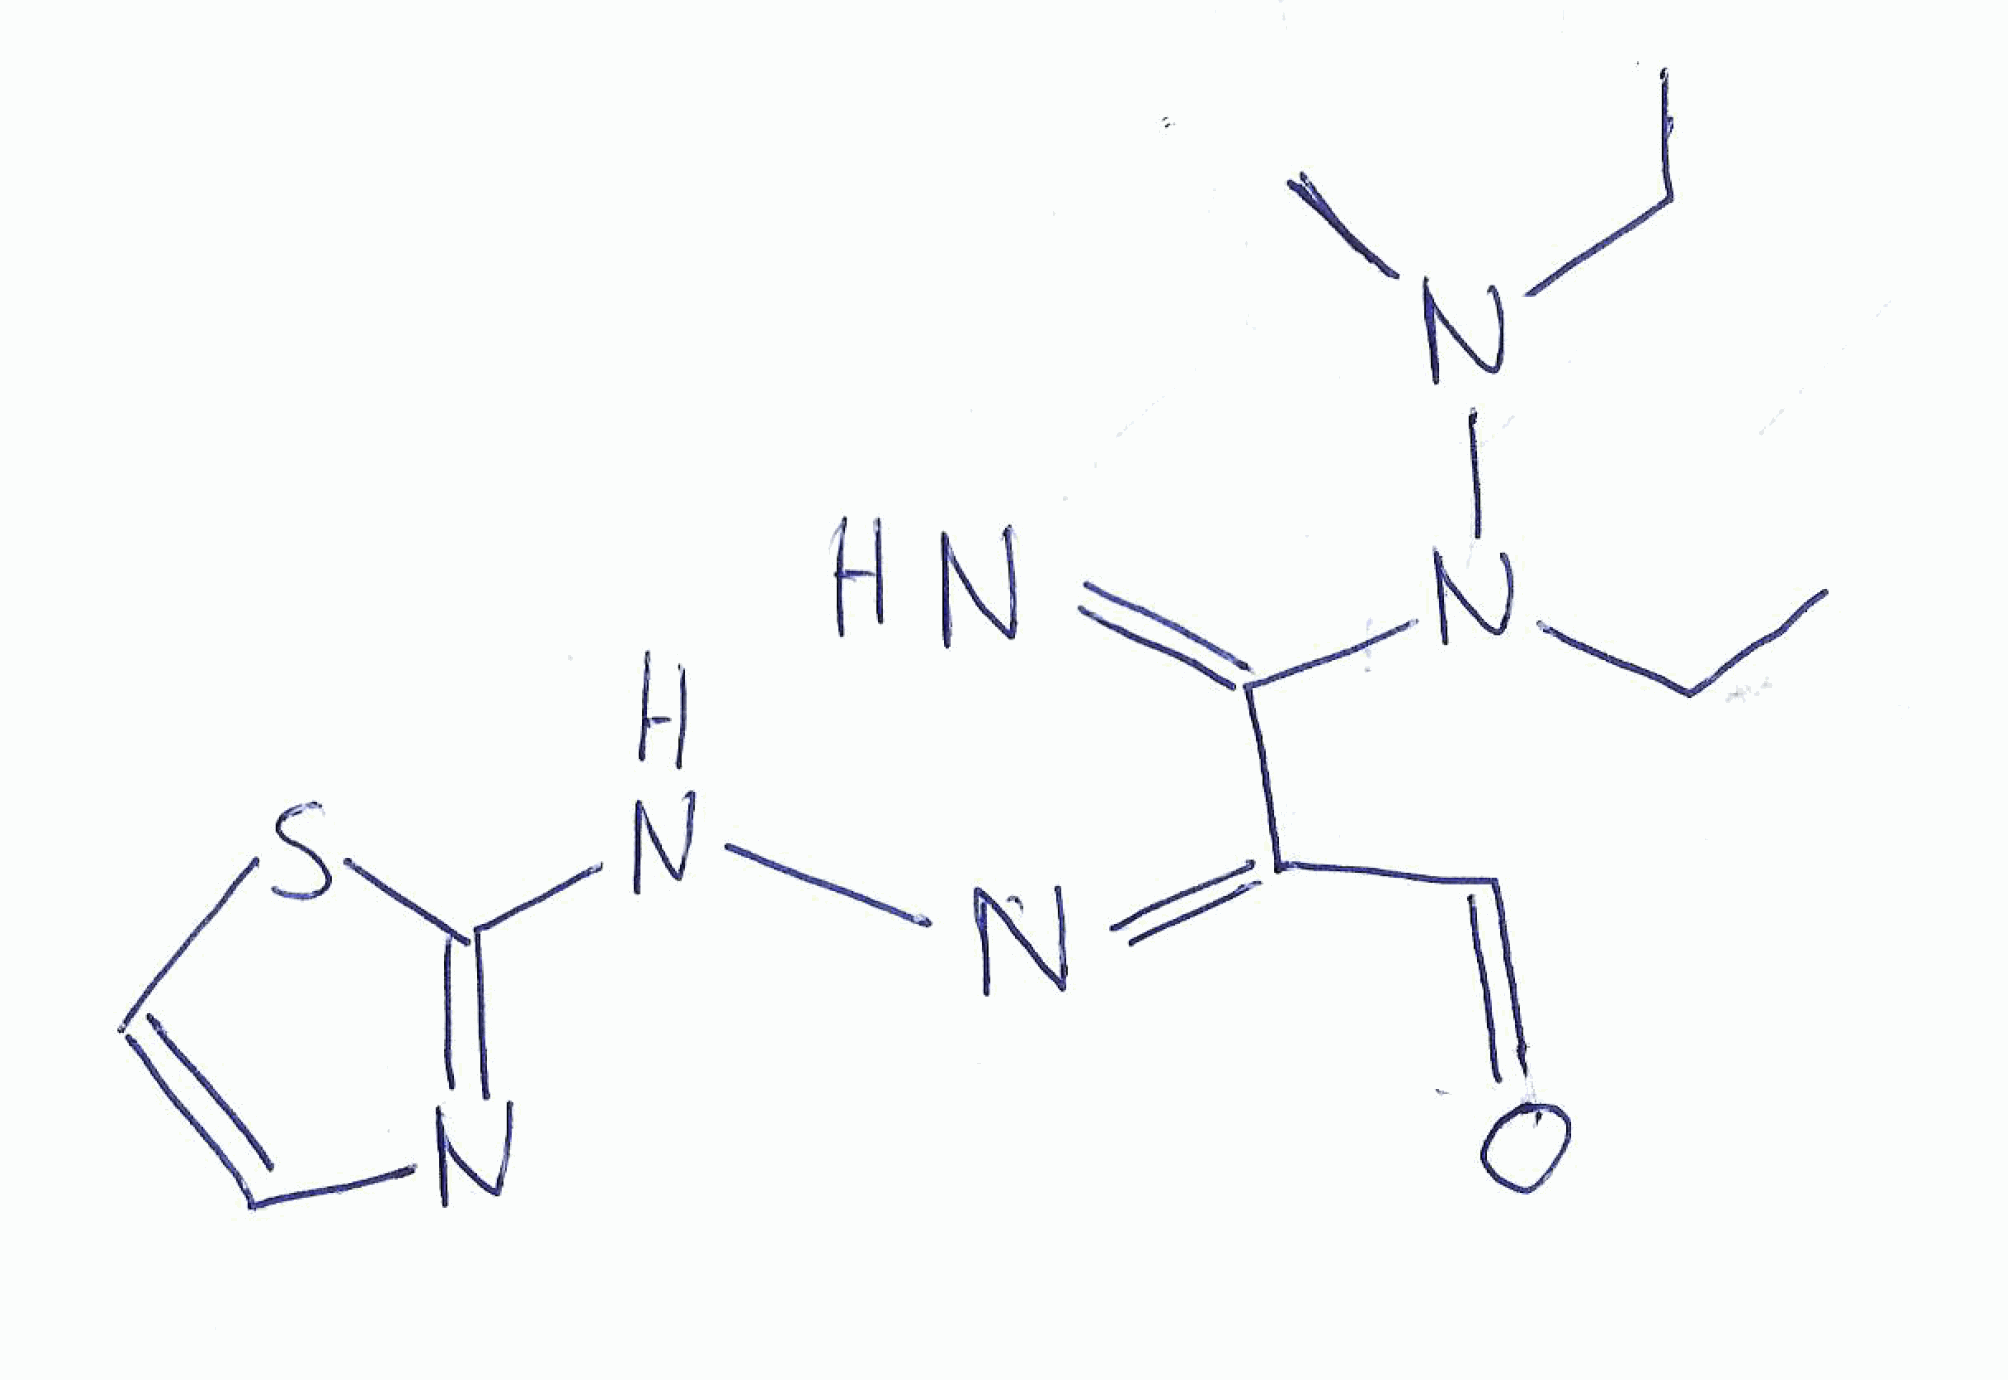
Simplified molecular-input line-entry system (SMILES) notation of the given molecule:
CCN(C)N(CC)C(=N)/C(=N\NC1=NC=CS1)/C=O